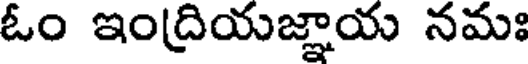
ఓం ఇంద్రియజ్ఞాయ నమః